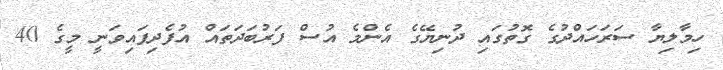
ހިމާލިޔާ ސަރަހައްދުގެ ގޮތުގައި ދުނިޔޭގެ އެންމެ އުސް ފަރުބަދަތައް އުފެދިފައިވަނީ މީގެ 40